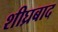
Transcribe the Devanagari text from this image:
शीघ्रबाद